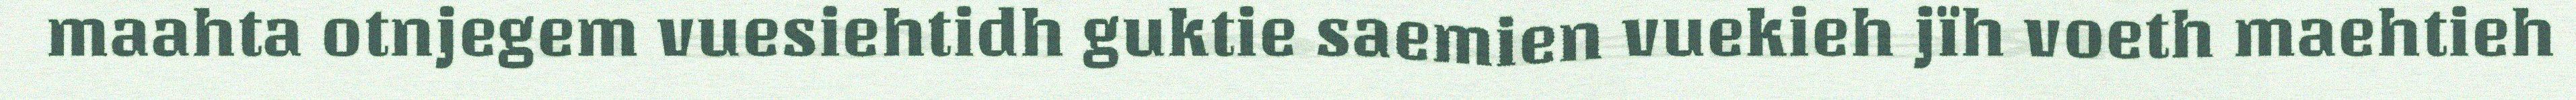
maahta otnjegem vuesiehtidh guktie saemien vuekieh jïh voeth maehtieh